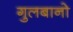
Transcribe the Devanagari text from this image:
गुलबानो